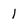
Character: 1